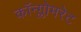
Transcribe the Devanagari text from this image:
कॉन्ग्लोमरेट